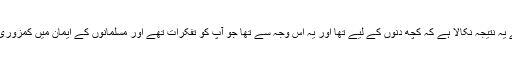
حضرت مرزا بشیر احمد صاحبؓ نے یہ نتیجہ نکالا ہے کہ کچھ دنوں کے لیے تھا اور یہ اس وجہ سے تھا جو آپؐ کو تفکرات تھے اور مسلمانوں کے ایمان میں کمزوری کی وجہ سے بھی آپؐ کو فکر تھی۔